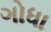
ગોધા